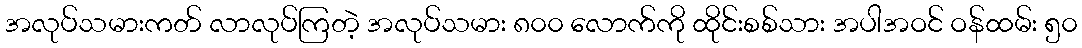
အလုပ်သမားကတ် လာလုပ်ကြတဲ့ အလုပ်သမား ၈၀၀ လောက်ကို ထိုင်းစစ်သား အပါအဝင် ဝန်ထမ်း ၅၀